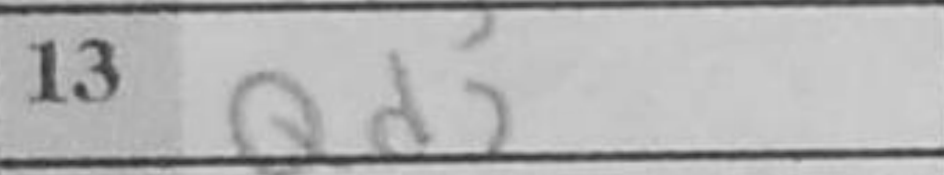
Transcription: Qd2